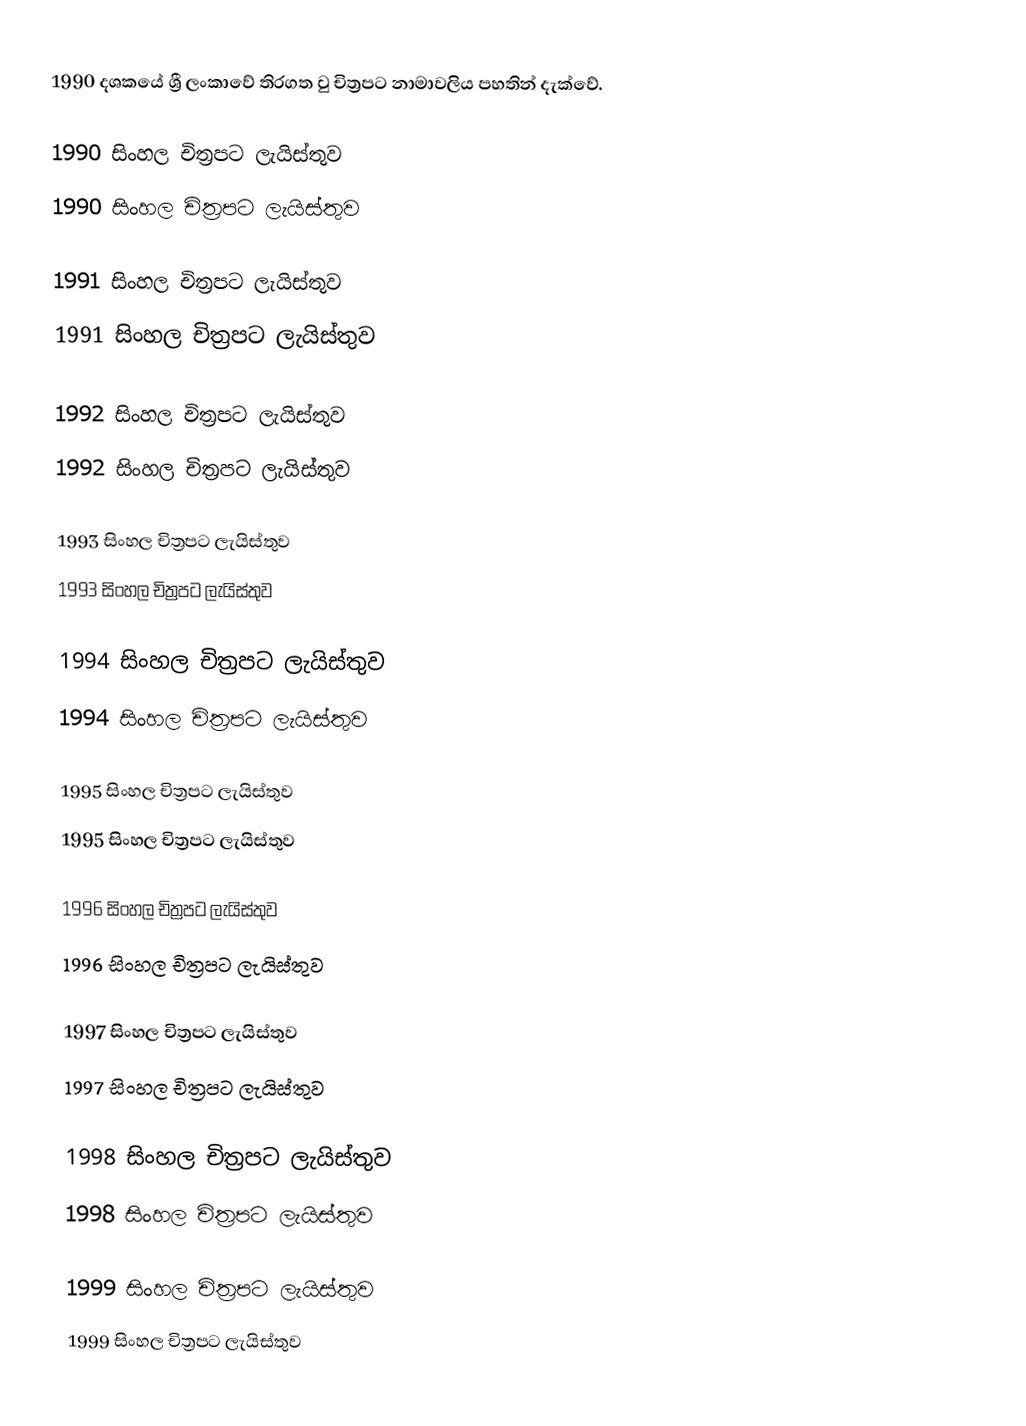
1990 දශකයේ ශ්‍රී ලංකාවේ තිරගත වු චිත්‍රපට නාමාවලිය පහතින් දැක්වේ.

1990 සිංහල චිත්‍රපට ලැයිස්තුව
1990 සිංහල චිත්‍රපට ලැයිස්තුව

1991 සිංහල චිත්‍රපට ලැයිස්තුව
1991 සිංහල චිත්‍රපට ලැයිස්තුව

1992 සිංහල චිත්‍රපට ලැයිස්තුව
1992 සිංහල චිත්‍රපට ලැයිස්තුව

1993 සිංහල චිත්‍රපට ලැයිස්තුව
1993 සිංහල චිත්‍රපට ලැයිස්තුව

1994 සිංහල චිත්‍රපට ලැයිස්තුව
1994 සිංහල චිත්‍රපට ලැයිස්තුව

1995 සිංහල චිත්‍රපට ලැයිස්තුව
1995 සිංහල චිත්‍රපට ලැයිස්තුව

1996 සිංහල චිත්‍රපට ලැයිස්තුව
1996 සිංහල චිත්‍රපට ලැයිස්තුව

1997 සිංහල චිත්‍රපට ලැයිස්තුව
1997 සිංහල චිත්‍රපට ලැයිස්තුව

1998 සිංහල චිත්‍රපට ලැයිස්තුව
1998 සිංහල චිත්‍රපට ලැයිස්තුව

1999 සිංහල චිත්‍රපට ලැයිස්තුව
1999 සිංහල චිත්‍රපට ලැයිස්තුව